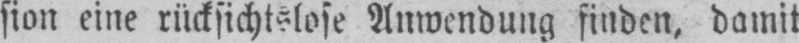
sion eine rücksichtslose Anwendung finden, damit